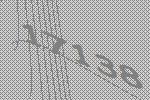
17138